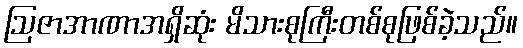
ဩဇာအာဏာအရှိဆုံး မိသားစုကြီးတစ်စုဖြစ်ခဲ့သည်။